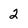
Character: 2